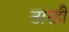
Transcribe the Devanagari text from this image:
ठारही